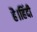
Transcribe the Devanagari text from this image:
है।हिंदी